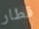
قطار